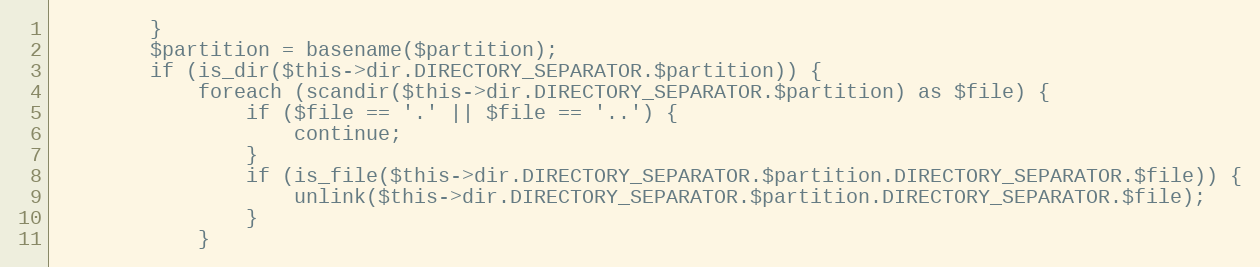
Language: PHP
        }
        $partition = basename($partition);
        if (is_dir($this->dir.DIRECTORY_SEPARATOR.$partition)) {
            foreach (scandir($this->dir.DIRECTORY_SEPARATOR.$partition) as $file) {
                if ($file == '.' || $file == '..') {
                    continue;
                }
                if (is_file($this->dir.DIRECTORY_SEPARATOR.$partition.DIRECTORY_SEPARATOR.$file)) {
                    unlink($this->dir.DIRECTORY_SEPARATOR.$partition.DIRECTORY_SEPARATOR.$file);
                }
            }